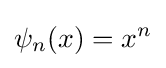
\psi _{n}(x)=x^{n}